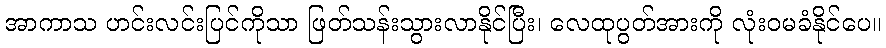
အာကာသ ဟင်းလင်းပြင်ကိုသာ ဖြတ်သန်းသွားလာနိုင်ပြီး၊ လေထုပွတ်အားကို လုံးဝမခံနိုင်ပေ။